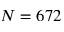
N = 6 7 2